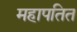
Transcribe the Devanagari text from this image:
महापतित